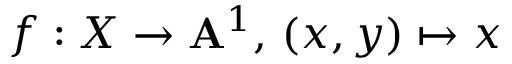
f : X \to \mathbf { A } ^ { 1 } , \, ( x , y ) \mapsto x